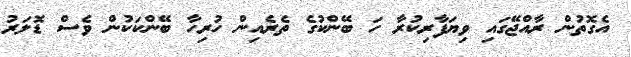
އެގޮތުން ރާއްޖޭގައި ވިޔަފާރިކުރާ ހަ ބޭންކުގެ ތެރެއިން ހުރިހާ ބޭންކަކުން ވެސް ޑޮލަރު